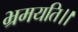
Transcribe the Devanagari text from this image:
भ्रमयति।।